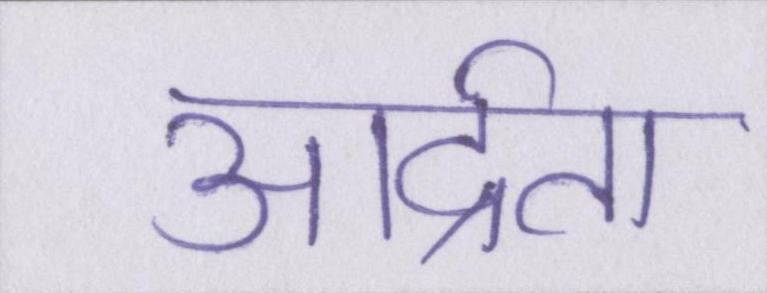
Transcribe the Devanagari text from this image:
आर्द्रता